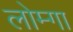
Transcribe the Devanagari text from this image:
लोम्गा